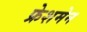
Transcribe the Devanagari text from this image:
फ्रेशमेन